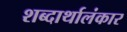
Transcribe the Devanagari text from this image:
शब्दार्थालंकार